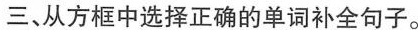
三、从方框中选择正确的单词补全句子。